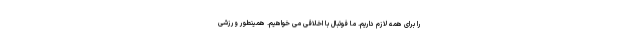
را برای همه لازم داریم. ما فوتبال با اخلاقی می خواهیم. همینطور ورزشی